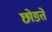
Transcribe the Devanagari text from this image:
छोङते